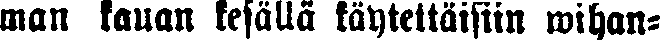
man kauan kesällä käytettäisiin wihan-